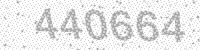
Solution: 440664